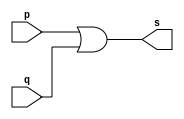
// ---------------------
// Guia 02 exericio02
// Nome: Felipe Barros
// ---------------------



module ougate (s, p, q);
output s;
input p, q;
assign s= p | q;

endmodule

module testougate;
reg a, b;
wire s;

ougate OR1 (s, a, b);
 
initial begin: start
a=0; b=0;
end

initial begin: main
$display ("Guia02 exercicio 01");
$display ("tabela-verdade para porta OR");
$display ("a | b = s");
$monitor("%b | %b = %b ", a, b, s);
  
  #1  a=0; b=1;
  #1  a=1; b=0;
  #1  a=1; b=1;
 end

endmodule


//---------------------
// Porta nand
//---------------------


module nandgate (s1, p1, q1, r1);
output s1;
input p1, q1, r1;
assign s= ~(p1 & q1 & r1);
endmodule

module testnandgate;
reg a, b, c;
wire s;
nand (s, a, b, c);

endmodule